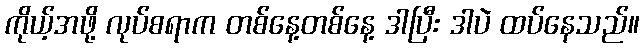
ကိုယ့်အဖို့ လုပ်စရာက တစ်နေ့တစ်နေ့ ဒါပြီး ဒါပဲ ထပ်နေသည်။